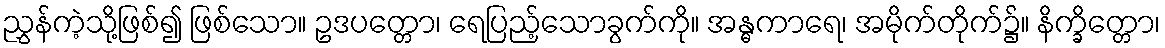
ညွှန်ကဲ့သို့ဖြစ်၍ ဖြစ်သော။ ဥဒပတ္တော၊ ရေပြည့်သောခွက်ကို။ အန္ဓကာရေ၊ အမိုက်တိုက်၌။ နိက္ခိတ္တော၊